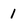
Character: 1